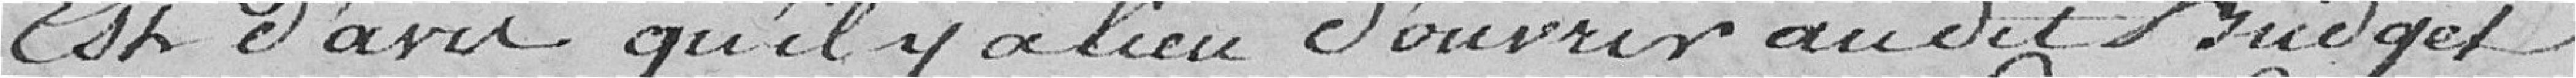
Est d'avis qu'il y a lieu d'ouvrir audit Budget